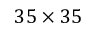
3 5 \times 3 5